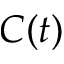
C ( t )